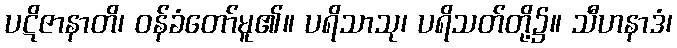
ပဋိဇာနာတိ၊ ဝန်ခံတော်မူ၏။ ပရိသာသု၊ ပရိသတ်တို့၌။ သီဟနာဒံ၊